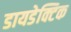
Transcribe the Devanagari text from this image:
डायडेक्टिक